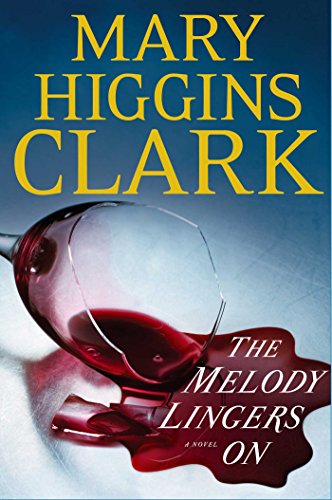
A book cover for The Melody Lingers On; Mary Higgins Clark; Mystery, Thriller & Suspense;